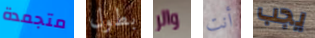
متجمدة بطول والر أنت يجب